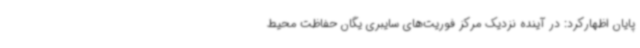
پایان اظهارکرد: در آینده نزدیک مرکز فوریت‌های سایبری یگان حفاظت محیط